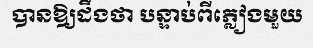
បានឱ្យដឹងថា បន្ទាប់ពីភ្លៀងមួយ